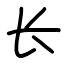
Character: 长